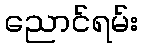
ညောင်ရမ်း